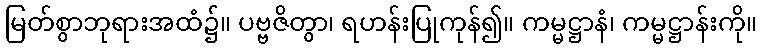
မြတ်စွာဘုရားအထံ၌။ ပဗ္ဗဇိတွာ၊ ရဟန်းပြုကုန်၍။ ကမ္မဋ္ဌာနံ၊ ကမ္မဋ္ဌာန်းကို။